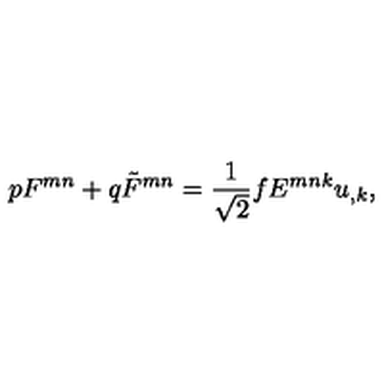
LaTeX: p F ^ { m n } + q \tilde { F } ^ { m n } = \frac { 1 } { \sqrt 2 } f E ^ { m n k } u _ { , k } ,